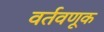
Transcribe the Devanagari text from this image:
वर्तवणूक